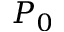
P _ { 0 }